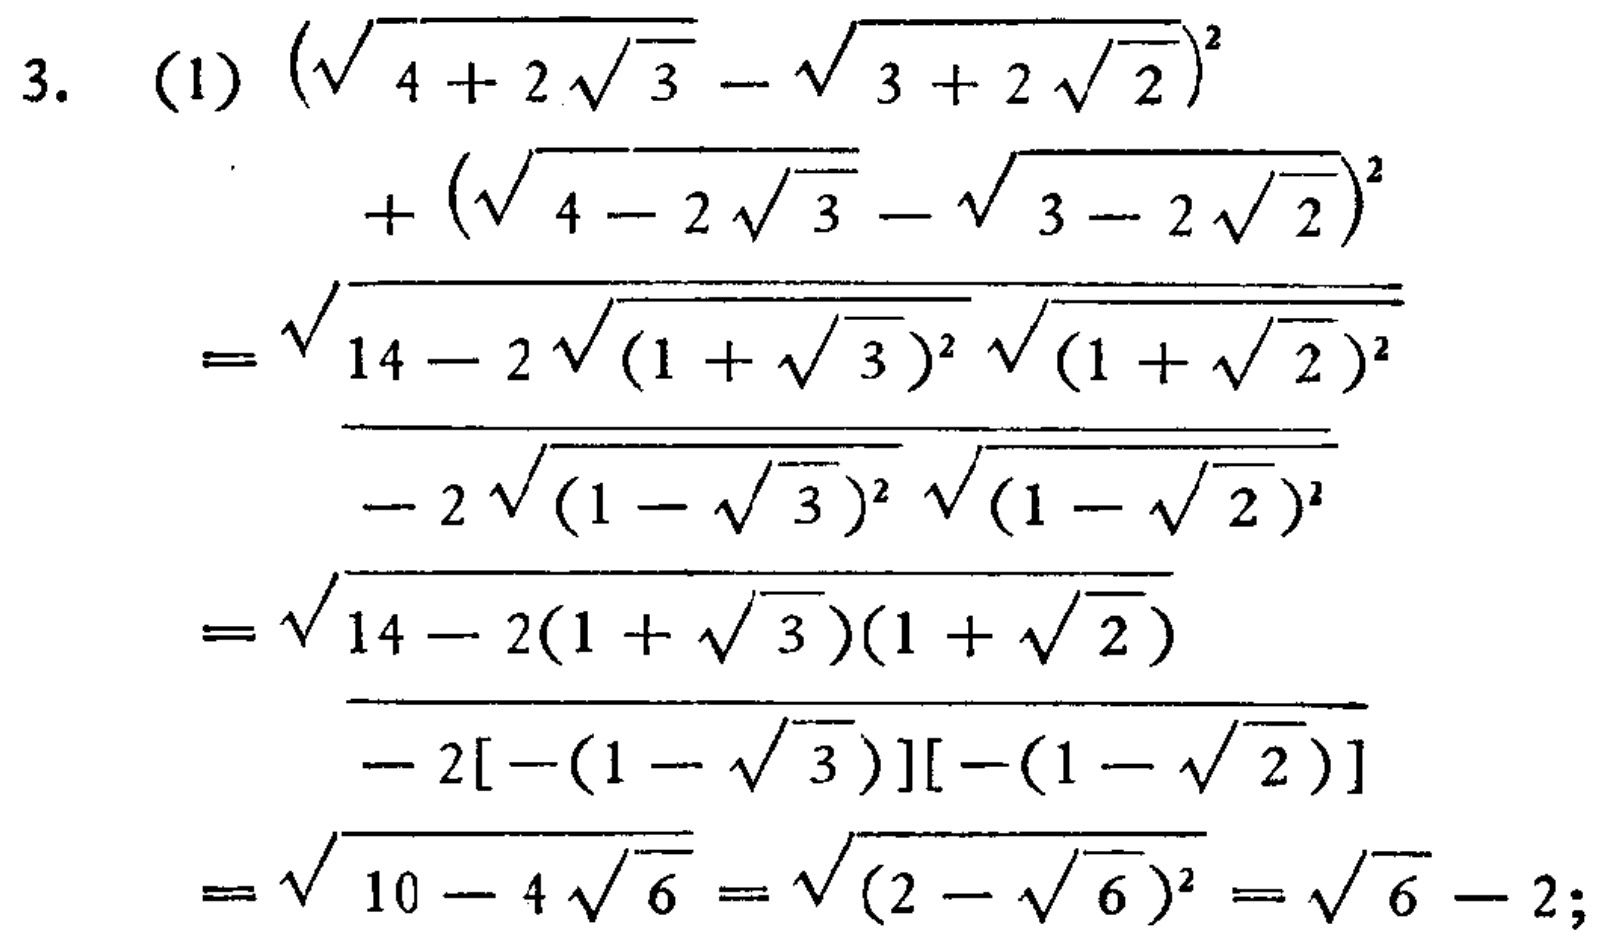
\begin{align*}
&3.\ (1)\ (\sqrt{4 + 2\sqrt{3}}-\sqrt{3 + 2\sqrt{2}})^2\\
&\quad\quad+ (\sqrt{4 - 2\sqrt{3}}-\sqrt{3 - 2\sqrt{2}})^2\\
&=\sqrt{14 - 2\sqrt{(1 + \sqrt{3})^2}\sqrt{(1 + \sqrt{2})^2}}\\
&\quad\quad\overline{- 2\sqrt{(1 - \sqrt{3})^2}\sqrt{(1 - \sqrt{2})^2}}\\
&=\sqrt{14 - 2(1 + \sqrt{3})(1 + \sqrt{2})}\\
&\quad\quad\overline{- 2[-(1 - \sqrt{3})][-(1 - \sqrt{2})]}\\
&=\sqrt{10 - 4\sqrt{6}}=\sqrt{(2 - \sqrt{6})^2}=\sqrt{6}-2;
\end{align*}